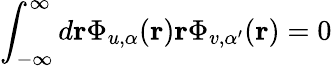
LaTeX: \int_{-\infty}^{\infty}d{\mathbf r}\Phi_{u,\alpha}({\mathbf r}){\mathbf r}\Phi_{v,\alpha^{\prime}}({\mathbf r})=0